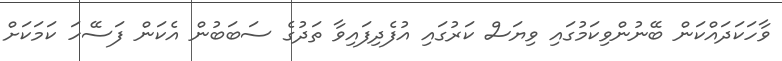
ވާހަކަދައްކަން ބޭނުންވިކަމުގައި ވިޔަސް ކަރުގައި އުފެދިފައިވާ ތަދުގެ ސަބަބުން އެކަން ފަސޭހަ ކަމަކަށް